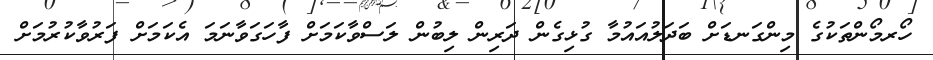
ހޯރމޯންތަކުގެ މިންގަނޑަށް ބަދަލުއައުމާ ގުޅިގެން ދަރިން ލިބުން ލަސްވާކަމަށް ފާހަގަވާނަމަ އެކަމަށް ފަރުވާކުރުމަށް